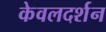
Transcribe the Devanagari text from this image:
केवलदर्शन